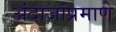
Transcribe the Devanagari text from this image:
अंदाजांप्रमाणे